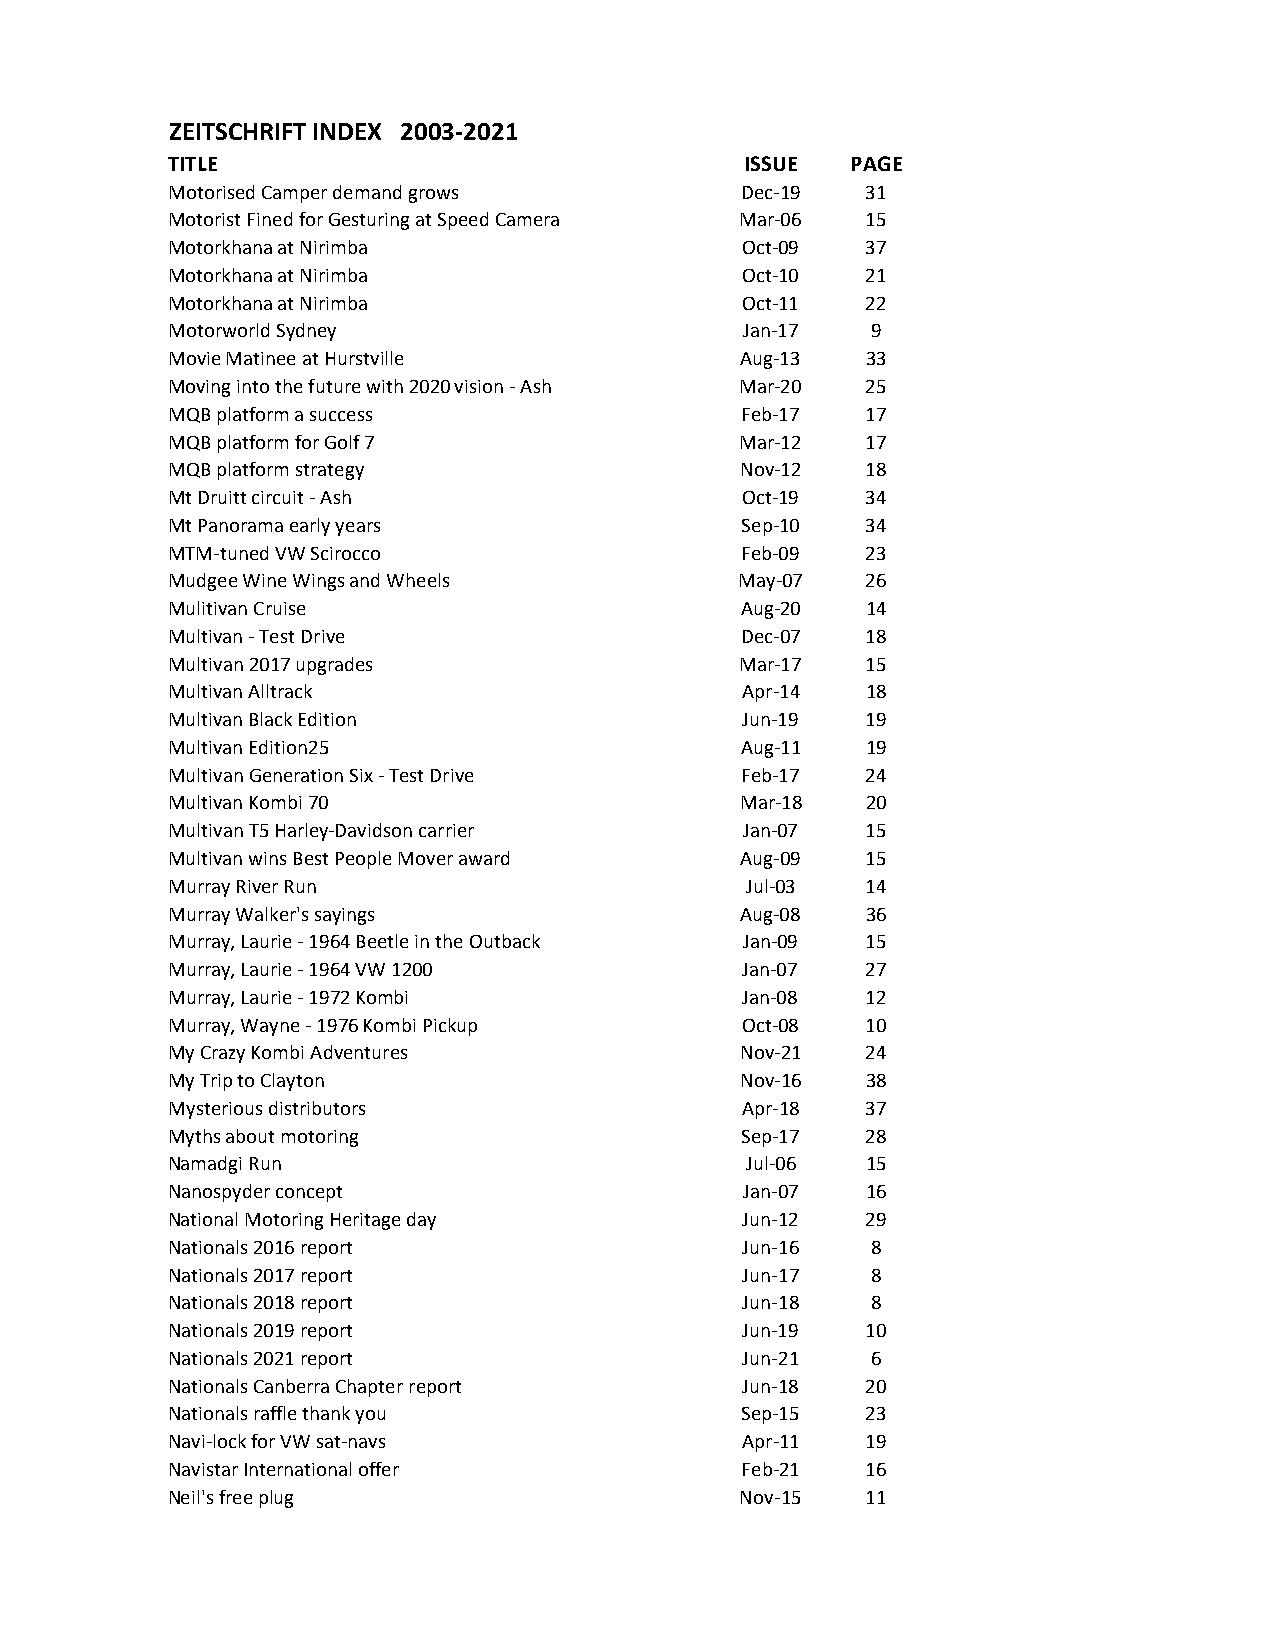
ZEITSCHRIFT INDEX 2003-2021
 TITLE                                 ISSUE  PAGE
 Motorised Camper demand grows         Dec-19  31
 Motorist Fined for Gesturing at Speed Camera Mar-06 15
 Motorkhana at Nirimba                 Oct-09  37
 Motorkhana at Nirimba                 Oct-10  21
 Motorkhana at Nirimba                 Oct-11  22
 Motorworld Sydney                     Jan-17   9
 Movie Matinee at Hurstville           Aug-13  33
 Moving into the future with 2020 vision - Ash Mar-20 25
 MQB platform a success                Feb-17  17
 MQB platform for Golf 7               Mar-12  17
 MQB platform strategy                 Nov-12  18
 Mt Druitt circuit - Ash               Oct-19  34
 Mt Panorama early years               Sep-10  34
 MTM-tuned VW Scirocco                 Feb-09  23
 Mudgee Wine Wings and Wheels          May-07  26
 Mulitivan Cruise                      Aug-20  14
 Multivan - Test Drive                 Dec-07  18
 Multivan 2017 upgrades                Mar-17  15
 Multivan Alltrack                     Apr-14  18
 Multivan Black Edition                Jun-19  19
 Multivan Edition25                    Aug-11  19
 Multivan Generation Six - Test Drive  Feb-17  24
 Multivan Kombi 70                     Mar-18  20
 Multivan T5 Harley-Davidson carrier   Jan-07  15
 Multivan wins Best People Mover award Aug-09  15
 Murray River Run                      Jul-03  14
 Murray Walker's sayings               Aug-08  36
 Murray, Laurie - 1964 Beetle in the Outback Jan-09 15
 Murray, Laurie - 1964 VW 1200         Jan-07  27
 Murray, Laurie - 1972 Kombi           Jan-08  12
 Murray, Wayne - 1976 Kombi Pickup     Oct-08  10
 My Crazy Kombi Adventures             Nov-21  24
 My Trip to Clayton                    Nov-16  38
 Mysterious distributors               Apr-18  37
 Myths about motoring                  Sep-17  28
 Namadgi Run                           Jul-06  15
 Nanospyder concept                    Jan-07  16
 National Motoring Heritage day        Jun-12  29
 Nationals 2016 report                 Jun-16   8
 Nationals 2017 report                 Jun-17   8
 Nationals 2018 report                 Jun-18   8
 Nationals 2019 report                 Jun-19  10
 Nationals 2021 report                 Jun-21   6
 Nationals Canberra Chapter report     Jun-18  20
 Nationals raffle thank you            Sep-15  23
 Navi-lock for VW sat-navs             Apr-11  19
 Navistar International offer          Feb-21  16
 Neil's free plug                      Nov-15  11